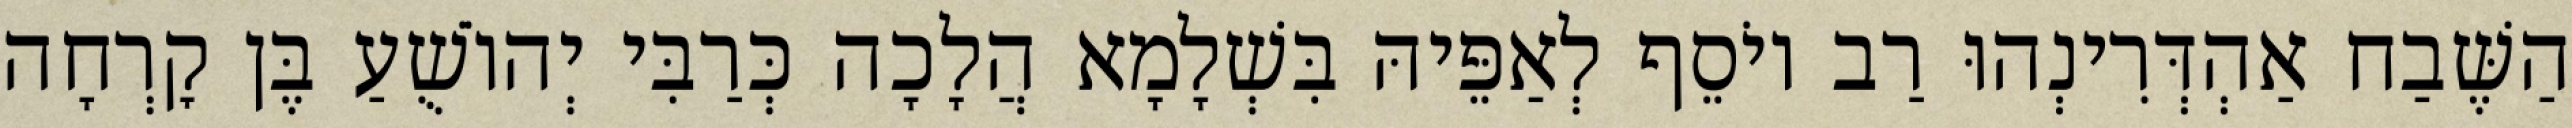
הַשֶּׁבַח אַהְדְּרִינְהוּ רַב יוֹסֵף לְאַפֵּיהּ בִּשְׁלָמָא הֲלָכָה כְּרַבִּי יְהוֹשֻׁעַ בֶּן קׇרְחָה